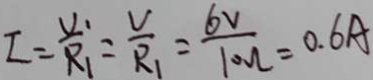
I = \frac { V _ { 1 } } { R _ { 1 } } = \frac { V } { R _ { 1 } } = \frac { 6 v } { 1 0 0 l } = 0 . 6 A